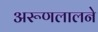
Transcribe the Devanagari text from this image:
अरूणलालने